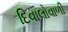
દિવાલોવાળી